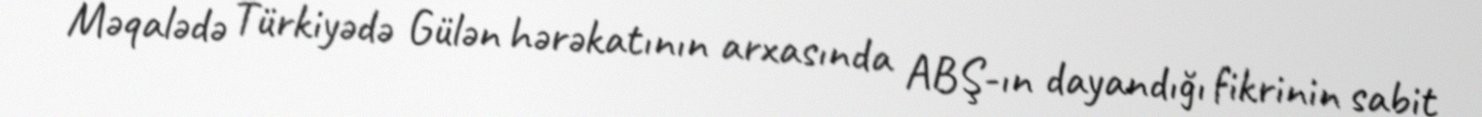
Məqalədə Türkiyədə Gülən hərəkatının arxasında ABŞ-ın dayandığı fikrinin sabit